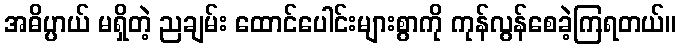
အဓိပ္ပာယ် မရှိတဲ့ ညချမ်း ထောင်ပေါင်းများစွာကို ကုန်လွန်စေခဲ့ကြရတယ်။